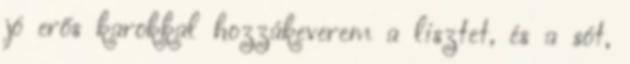
jó erős karokkal hozzákeverem a lisztet, és a sót,